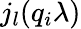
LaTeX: {j_{l}}(q_{i}\lambda)